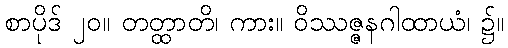
စာပိုဒ် ၂၀။ တတ္ထာတိ၊ ကား။ ဝိဿဇ္ဇနဂါထာယံ၊ ၌။